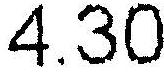
4.30